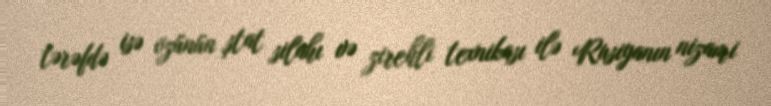
tərəfdə isə özünün ştat silahı və zirehli texnikası ilə Rusiyanın nizami